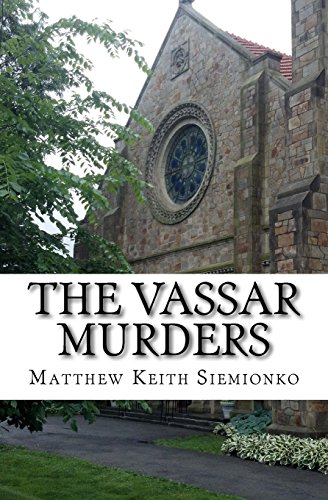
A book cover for The Vassar Murders; Mr. Matthew Keith Siemionko; Literature & Fiction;